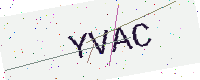
Text: YVAC